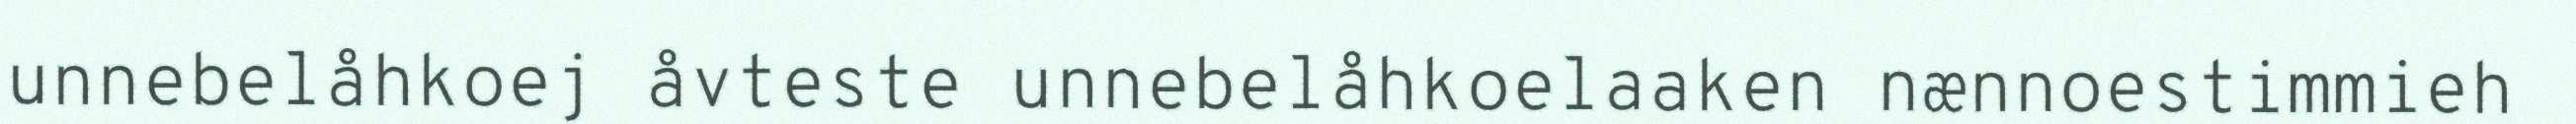
unnebelåhkoej åvteste unnebelåhkoelaaken nænnoestimmieh